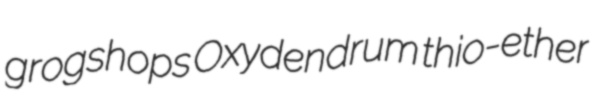
grogshops Oxydendrum thio-ether